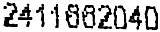
2411662040